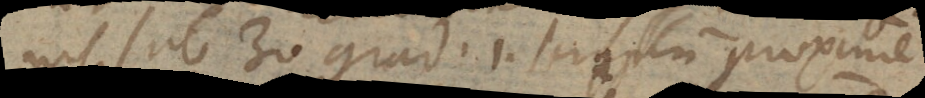
nis sub 30 grad. 1. scrupulum proxime